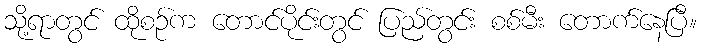
သို့ရာတွင် ထိုစဉ်က တောင်ပိုင်းတွင် ပြည်တွင်း စစ်မီး တောက်နေပြီ။